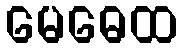
မေဓေထ